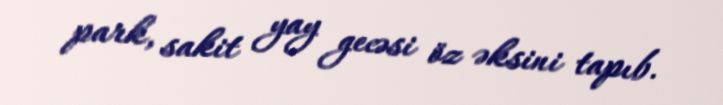
park, sakit yay gecəsi öz əksini tapıb.